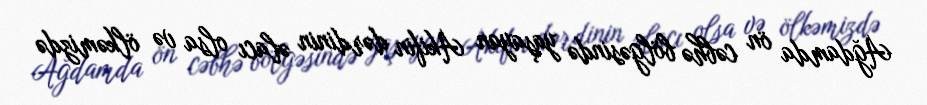
Ağdamda ön cəbhə bölgəsində yaşayan Akifin dərdinin əlacı olsa və ölkəmizdə